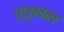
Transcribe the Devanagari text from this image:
तोट्टन्गल